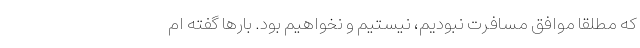
که مطلقا موافق مسافرت نبودیم، نیستیم و نخواهیم بود. بارها گفته ام